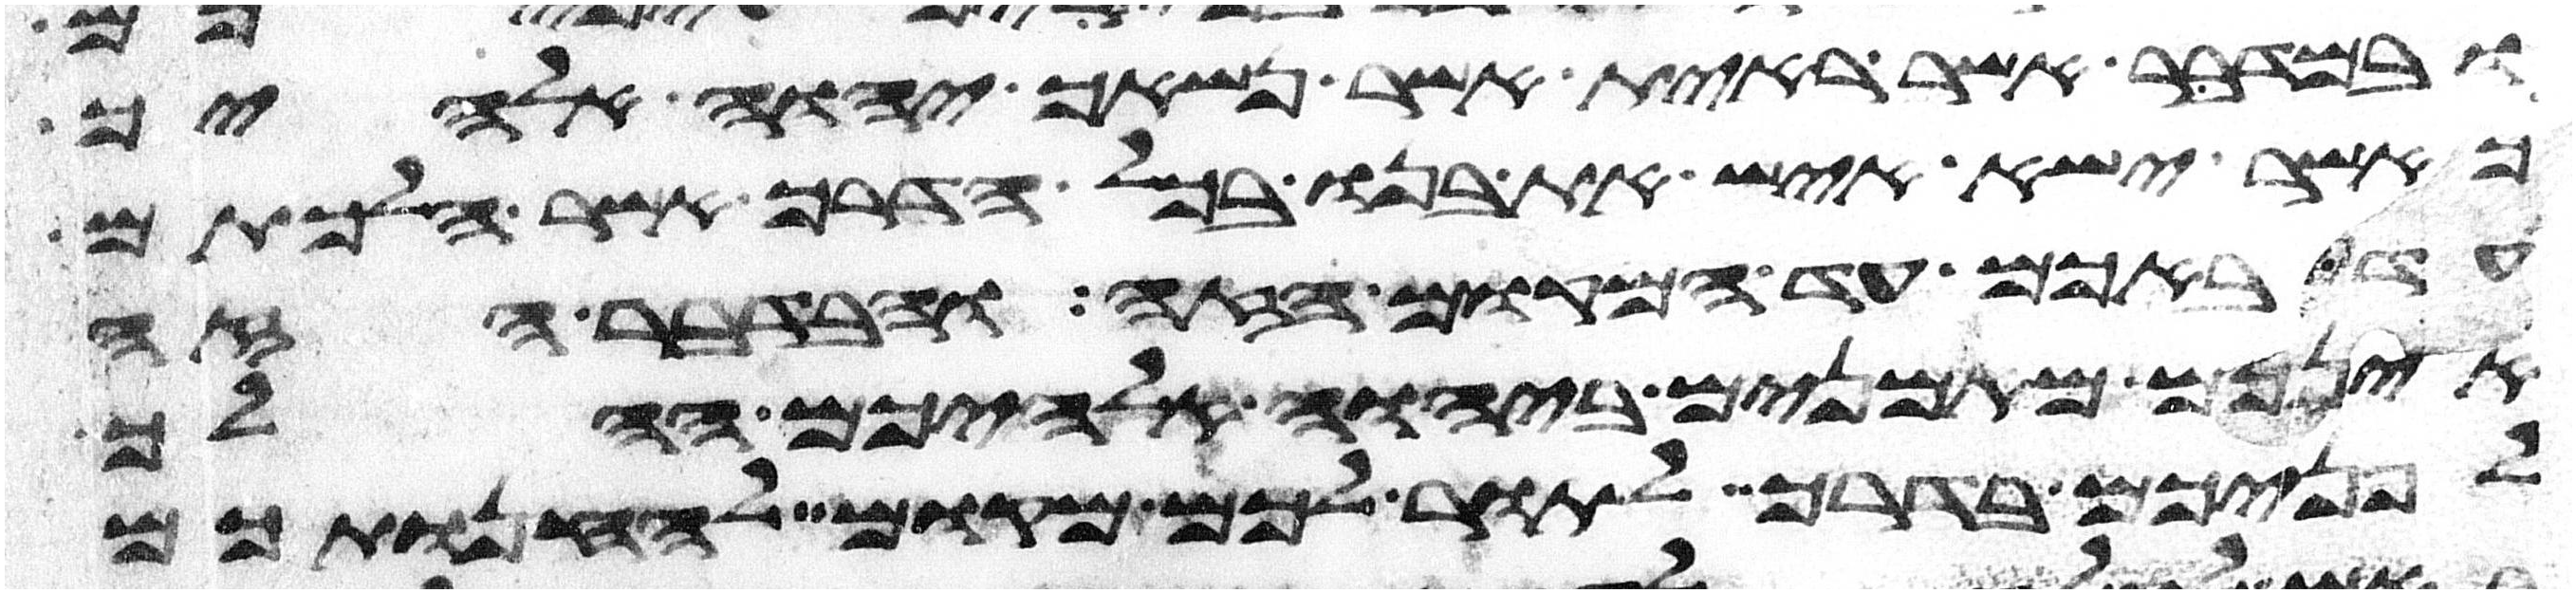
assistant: ובמדבר אשר ראית אשר נשאך יהוה אלהיך
כאשר ישא איש את בנו בכל הדרך אשר הלכתם
עד באכם עד המקום הזה ובדבר הזה
אינכם מאמנים ביהוה אלהיכם ההלך
לפניכם בדרך לתור לכם מקום להחנותכם